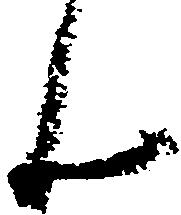
ん